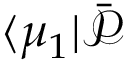
\langle \mu _ { 1 } \vert \bar { \mathcal { P } }